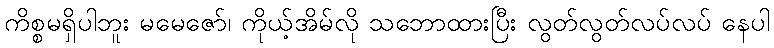
ကိစ္စမရှိပါဘူး မမေဇော်၊ ကိုယ့်အိမ်လို သဘောထားပြီး လွတ်လွတ်လပ်လပ် နေပါ